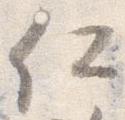
仁